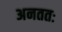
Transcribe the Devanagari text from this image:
अनततः